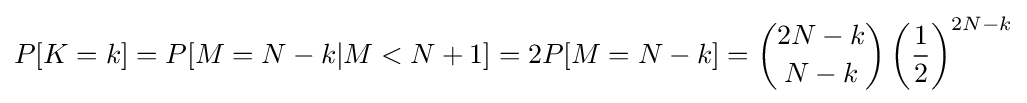
P[K=k]=P[M=N-k|M<N+1]=2P[M=N-k]={\binom {2N-k}{N-k}}\left({\frac {1}{2}}\right)^{2N-k}